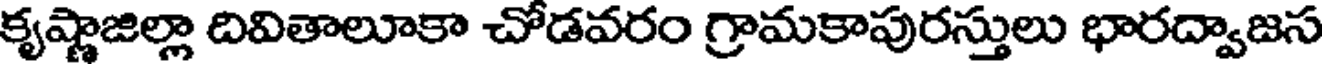
కృష్ణాజిల్లా దివితాలూకా చోడవరం గ్రామకాపురస్తులు భారద్వాజస